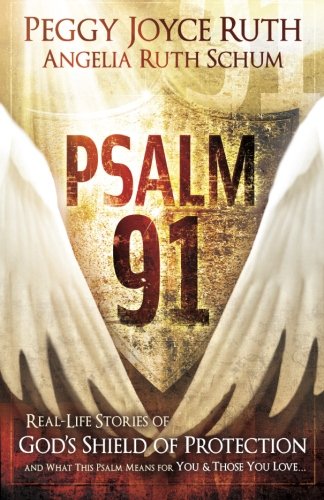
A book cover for Psalm 91: Real-Life Stories of God's Shield of Protection And What This Psalm Means for You & Those You Love; Peggy Joyce Ruth; Christian Books & Bibles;